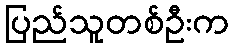
ပြည်သူတစ်ဦးက